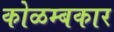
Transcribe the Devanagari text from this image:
कोळम्बकार